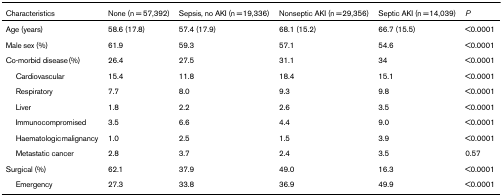
| Characteristics | None (n = 57,392) | Sepsis, no AKI (n = 19,336) | Nonseptic AKI (n = 29,356) | Septic AKI (n = 14,039) | P |
 | --- | --- | --- | --- | --- | --- |
 | Age (years) | 58.6 (17.8) | 57.4 (17.9) | 68.1 (15.2) | 66.7 (15.5) | <0.0001 |
 | Male sex (%) | 61.9 | 59.3 | 57.1 | 54.6 | <0.0001 |
 | Co-morbid disease (%) | 26.4 | 27.5 | 31.1 | 34 | <0.0001 |
 | Cardiovascular | 15.4 | 11.8 | 18.4 | 15.1 | <0.0001 |
 | Respiratory | 7.7 | 8.0 | 9.3 | 9.8 | <0.0001 |
 | Liver | 1.8 | 2.2 | 2.6 | 3.5 | <0.0001 |
 | Immunocompromised | 3.5 | 6.6 | 4.4 | 9.0 | <0.0001 |
 | Haematologic malignancy | 1.0 | 2.5 | 1.5 | 3.9 | <0.0001 |
 | Metastatic cancer | 2.8 | 3.7 | 2.4 | 3.5 | 0.57 |
 | Surgical (%) | 62.1 | 37.9 | 49.0 | 16.3 | <0.0001 |
 | Emergency | 27.3 | 33.8 | 36.9 | 49.9 | <0.0001 |